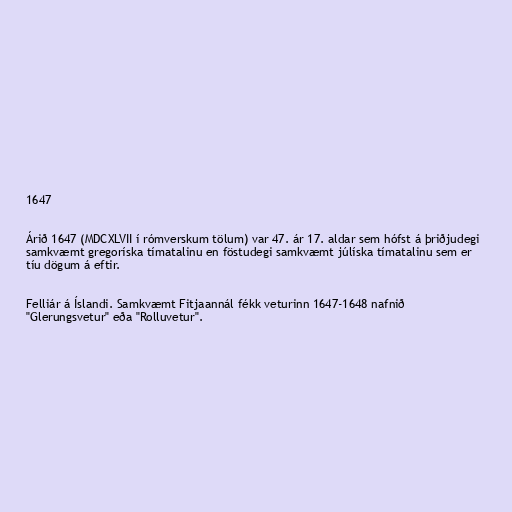
1647

Árið 1647 (MDCXLVII í rómverskum tölum) var 47. ár 17. aldar sem hófst á þriðjudegi
samkvæmt gregoríska tímatalinu en föstudegi samkvæmt júlíska tímatalinu sem er
tíu dögum á eftir.

Felliár á Íslandi. Samkvæmt Fitjaannál fékk veturinn 1647-1648 nafnið
"Glerungsvetur" eða "Rolluvetur".